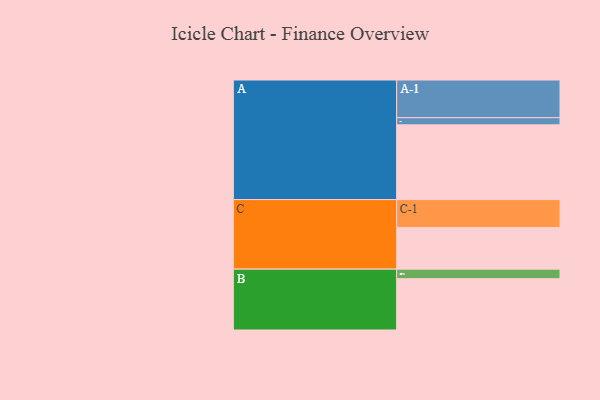
{"axis": {"x": "Segment", "y": "Value"}, "legend": ["", "A", "B", "C"], "data": [{"x": "A", "y": 593, "type": ""}, {"x": "B", "y": 407, "type": ""}, {"x": "C", "y": 331, "type": ""}, {"x": "A-1", "y": 299, "type": "A"}, {"x": "A-2", "y": 57, "type": "A"}, {"x": "B-1", "y": 76, "type": "B"}, {"x": "C-1", "y": 221, "type": "C"}]}